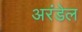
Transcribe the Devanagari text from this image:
अरंडेल